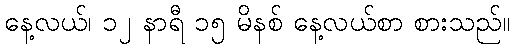
နေ့လယ်၊ ၁၂ နာရီ ၁၅ မိနစ် နေ့လယ်စာ စားသည်။